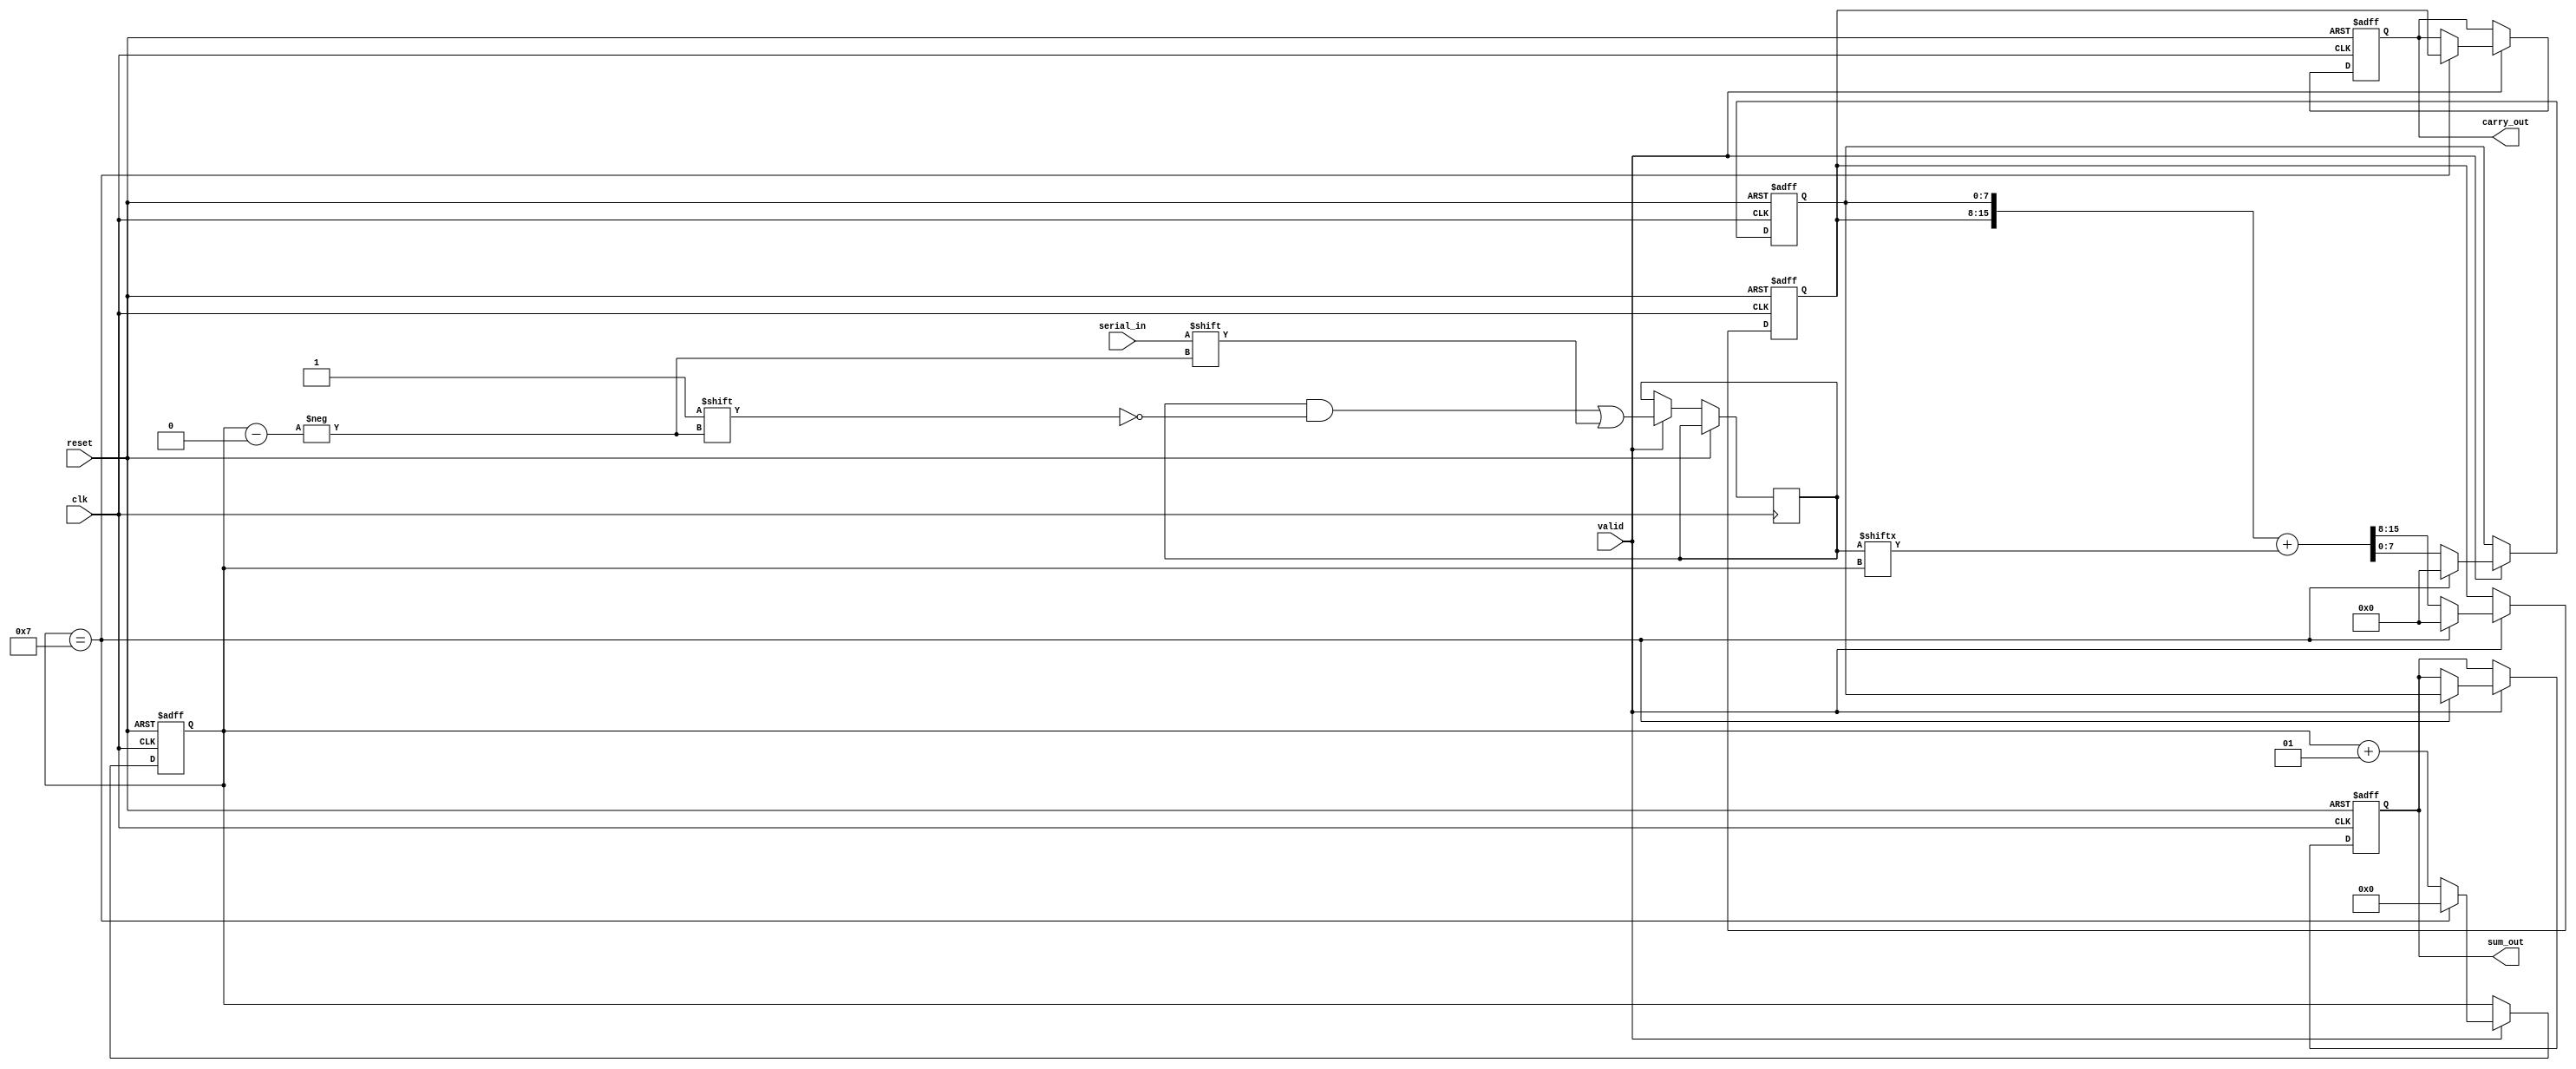
module CarrySaveAdder(
    input wire clk,           // Clock signal
    input wire reset,         // Reset signal
    input wire serial_in,     // Serial input bit
    input wire valid,         // Indicates that the input bit is valid
    output reg [N-1:0] sum_out, // Final sum output
    output reg [N-1:0] carry_out // Final carry output
);
    parameter N = 8; // Number of bits for the operands

    reg [N-1:0] sum_reg;   // Register to hold the sum
    reg [N-1:0] carry_reg; // Register to hold the carry
    reg [N-1:0] input_reg; // Register to hold the current input

    integer bit_count;     // Counter for the number of bits processed

    // Full adder logic
    function [1:0] full_adder;
        input a; // First input bit
        input b; // Second input bit
        input cin; // Carry input
        begin
            full_adder[0] = a ^ b ^ cin; // Sum output
            full_adder[1] = (a & b) | (cin & (a ^ b)); // Carry output
        end
    endfunction

    // Sequential logic for processing input bits
    always @(posedge clk or posedge reset) begin
        if (reset) begin
            sum_reg <= 0;
            carry_reg <= 0;
            bit_count <= 0;
            sum_out <= 0;
            carry_out <= 0;
        end else if (valid) begin
            input_reg[bit_count] <= serial_in; // Store the incoming serial bit

            // Perform full adder operation for the current bit
            {carry_reg, sum_reg} <= {carry_reg, sum_reg} + {1'b0, input_reg[bit_count]}; // Add current input to sum and carry

            bit_count <= bit_count + 1;

            // Check if all bits have been processed
            if (bit_count == N-1) begin
                sum_out <= sum_reg;
                carry_out <= carry_reg;
                bit_count <= 0; // Reset bit count for next operation
                sum_reg <= 0; // Clear sum register for next addition
                carry_reg <= 0; // Clear carry register for next addition
            end
        end
    end
endmodule